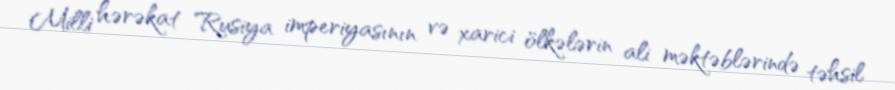
Milli hərəkat Rusiya imperiyasının və xarici ölkələrin ali məktəblərində təhsil